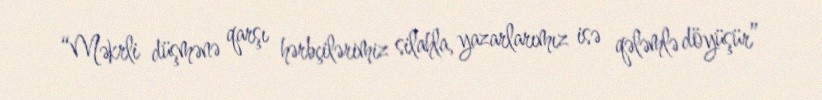
“Məkrli düşmənə qarşı hərbçilərimiz silahla, yazarlarımız isə qələmlə döyüşür”